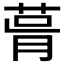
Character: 𦲭